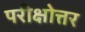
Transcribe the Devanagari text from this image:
परीक्षोत्तर